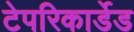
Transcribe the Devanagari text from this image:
टेपरिकार्डेड